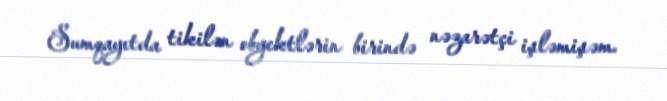
Sumqayıtda tikilən obyektlərin birində nəzarətçi işləmişəm.